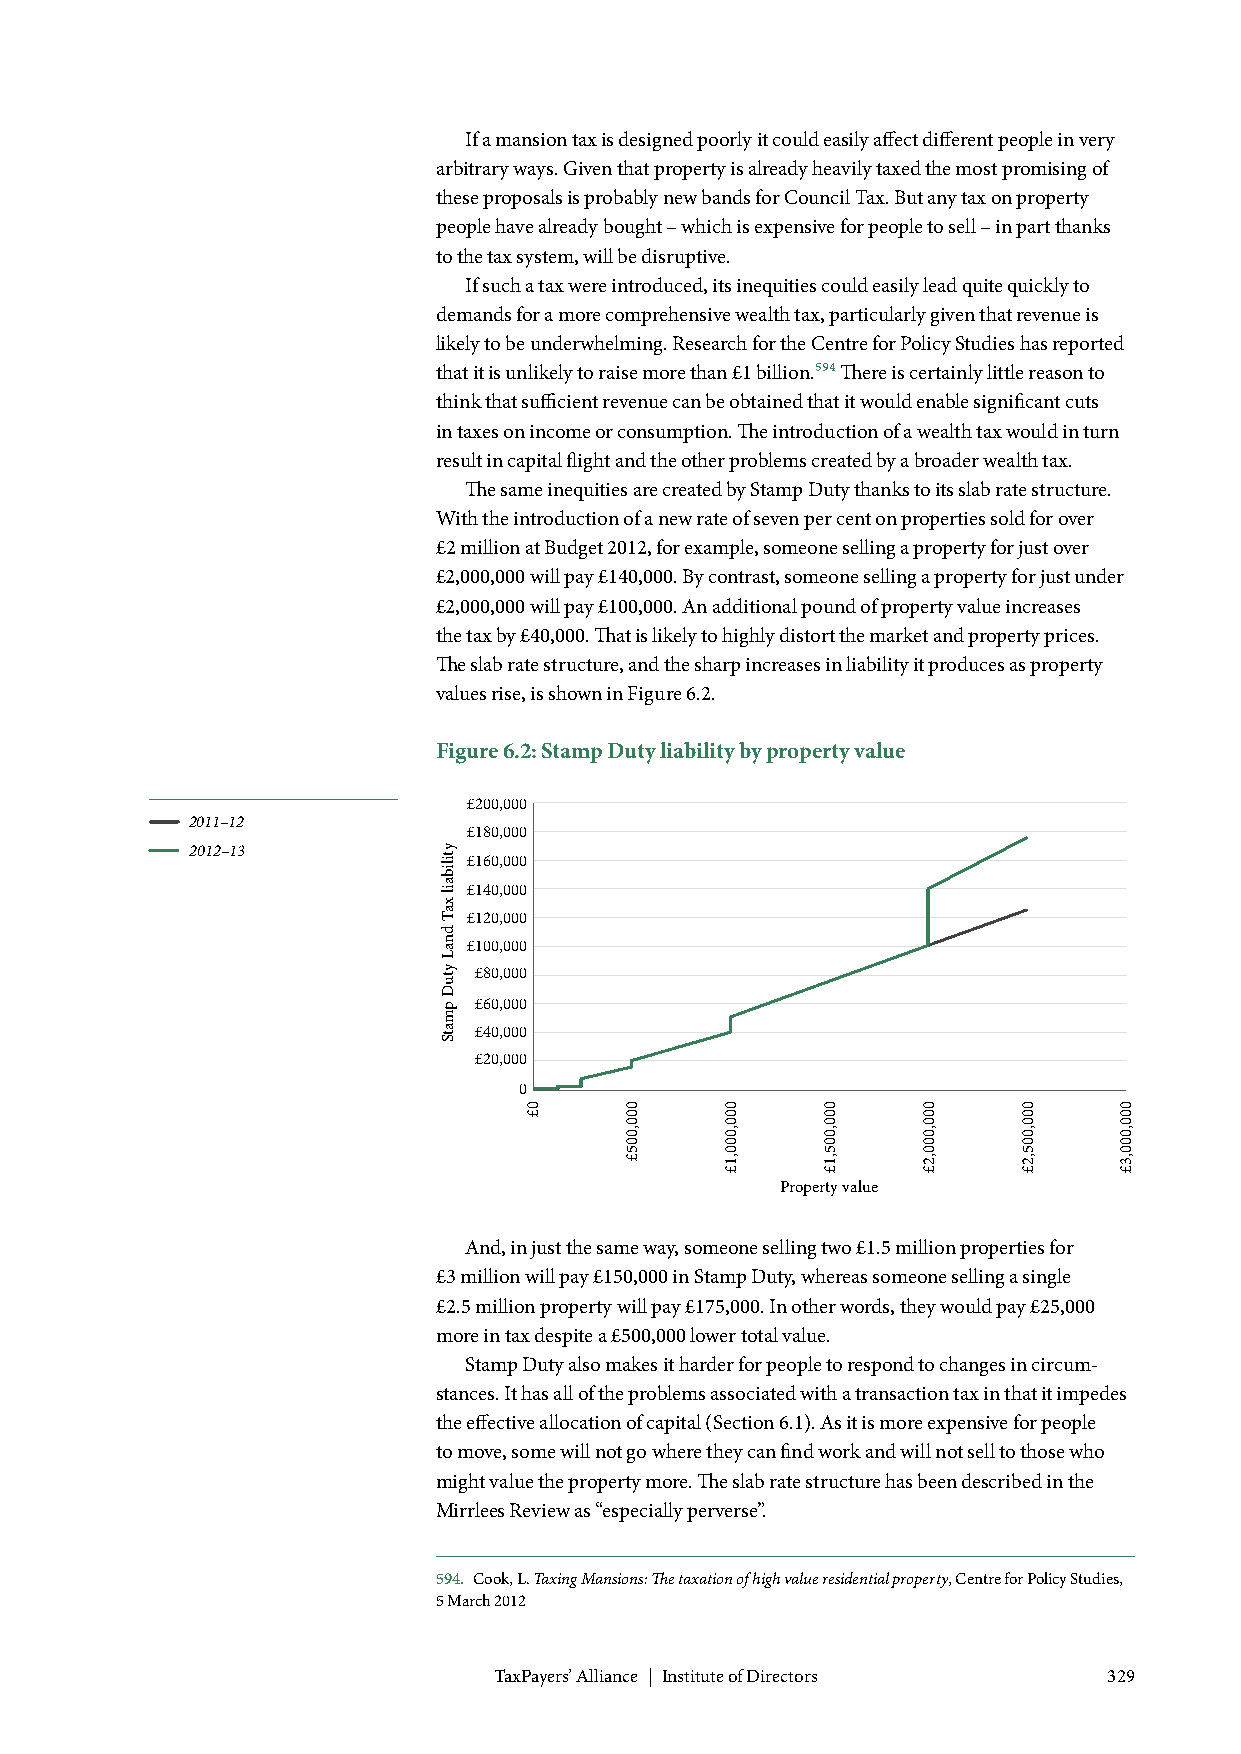
If a mansion tax is designed poorly it could easily affect different people in very
 arbitrary ways. Given that property is already heavily taxed the most promising of
 these proposals is probably new bands for Council Tax. But any tax on property
 people have already bought – which is expensive for people to sell – in part thanks
 to the tax system, will be disruptive.
 If such a tax were introduced, its inequities could easily lead quite quickly to
 demands for a more comprehensive wealth tax, particularly given that revenue is
 likely to be underwhelming. Research for the Centre for Policy Studies has reported
 that it is unlikely to raise more than £1 billion.594 There is certainly little reason to
 think that sufficient revenue can be obtained that it would enable significant cuts
 in taxes on income or consumption. The introduction of a wealth tax would in turn
 result in capital flight and the other problems created by a broader wealth tax.
 The same inequities are created by Stamp Duty thanks to its slab rate structure.
 With the introduction of a new rate of seven per cent on properties sold for over
 £2 million at Budget 2012, for example, someone selling a property for just over
 £2,000,000 will pay £140,000. By contrast, someone selling a property for just under
 £2,000,000 will pay £100,000. An additional pound of property value increases
 the tax by £40,000. That is likely to highly distort the market and property prices.
 The slab rate structure, and the sharp increases in liability it produces as property
 values rise, is shown in Figure 6.2.
 Figure 6.2: Stamp Duty liability by property value
 £200,000
 2011–12
 £180,000
 2012–13
 £160,000
 £140,000
 £120,000
 £100,000
 £80,000
 £60,000
 £40,000
 £20,000
 0
 Property value
 And, in just the same way, someone selling two £1.5 million properties for
 £3 million will pay £150,000 in Stamp Duty, whereas someone selling a single
 £2.5 million property will pay £175,000. In other words, they would pay £25,000
 more in tax despite a £500,000 lower total value.
 Stamp Duty also makes it harder for people to respond to changes in circum-
 stances. It has all of the problems associated with a transaction tax in that it impedes
 the effective allocation of capital (Section 6.1). As it is more expensive for people
 to move, some will not go where they can find work and will not sell to those who
 might value the property more. The slab rate structure has been described in the
 Mirrlees Review as “especially perverse”.
 594. Cook, L. Taxing Mansions: The taxation of high value residential property, Centre for Policy Studies,
 5 March 2012
 TaxPayers’ Alliance | Institute of Directors 329
 ytilibail
 xaT
 dnaL
 ytuD
 pmatS
 0£    000,005£ 000,000,1£ 000,005,1£ 000,000,2£ 000,005,2£ 000,000,3£